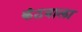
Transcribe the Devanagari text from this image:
कंठवाला